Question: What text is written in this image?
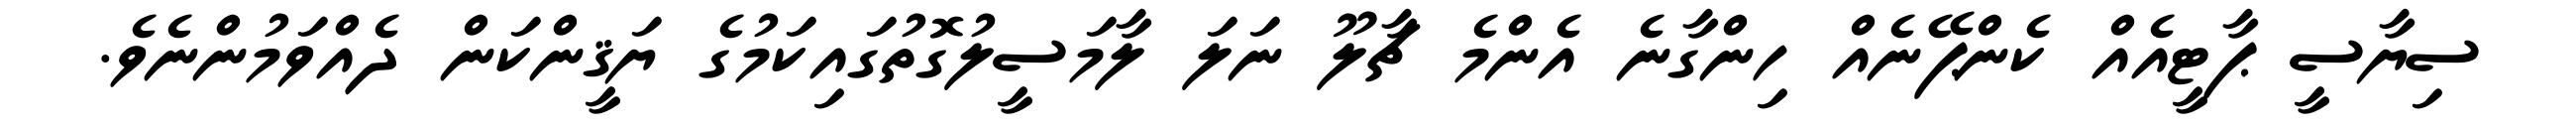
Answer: ސިޔާސީ ޕާޓީއެއް ކެންޕޭނެއް ހިންގާނެ އެންމެ ޗާލޫ ނަލަ ލާމަސީލުގޮތުގައިކަމުގެ ޔަޤީންކަން ދެއްވަމުންނެވެ.